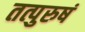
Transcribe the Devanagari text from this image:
तत्पुरुषं